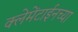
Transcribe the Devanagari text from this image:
क्लेमेंटाईनच्या